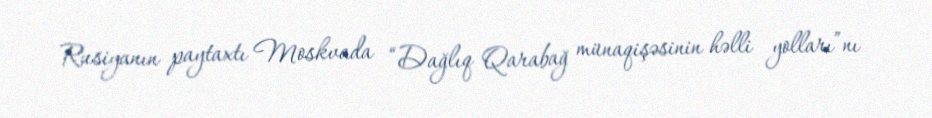
Rusiyanın paytaxtı Moskvada “Dağlıq Qarabağ münaqişəsinin həlli yolları”nı